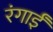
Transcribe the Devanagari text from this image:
रंगाईं